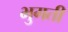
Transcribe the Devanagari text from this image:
भुगती